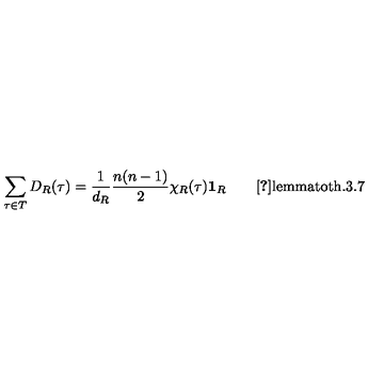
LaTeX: \sum _ { \tau \in T } D _ { R } ( \tau ) = \frac { 1 } { d _ { R } } \frac { n ( n - 1 ) } { 2 } \chi _ { R } ( \tau ) \mathrm { { \bf 1 } } _ { R } \qquad \mathrm { \cite { T u n g } l e m m a t o t h . 3 . 7 }